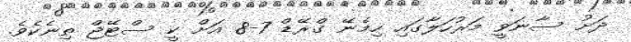
ދަށު ސާނަވީ މަރުހަލާގައި ހިމެނޭ ގްރޭޑް 7-8 އަށް ކީ ސްޓޭޖް ތިނެކެވެ.